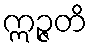
ဣဉ္ဇတိ